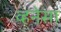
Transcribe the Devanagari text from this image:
व्हनेसा